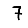
Digit: 7